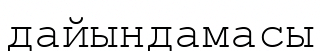
дайындамасы